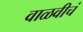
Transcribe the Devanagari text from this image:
वाळवीचं